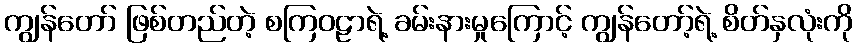
ကျွန်တော် ဖြစ်တည်တဲ့ စကြဝဠာရဲ့ ခမ်းနားမှုကြောင့် ကျွန်တော့်ရဲ့ စိတ်နှလုံးကို